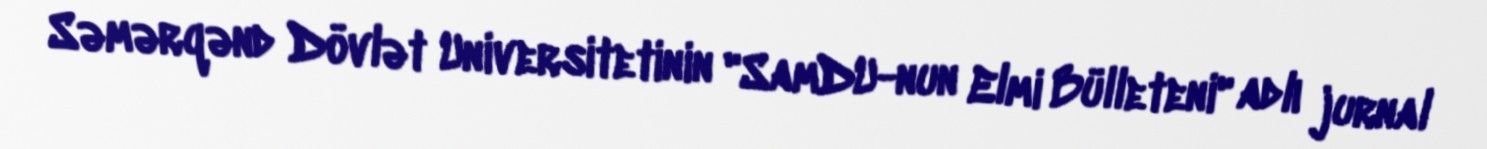
Səmərqənd Dövlət Universitetinin "SamDU-nun Elmi Bülleteni" adlı jurnal